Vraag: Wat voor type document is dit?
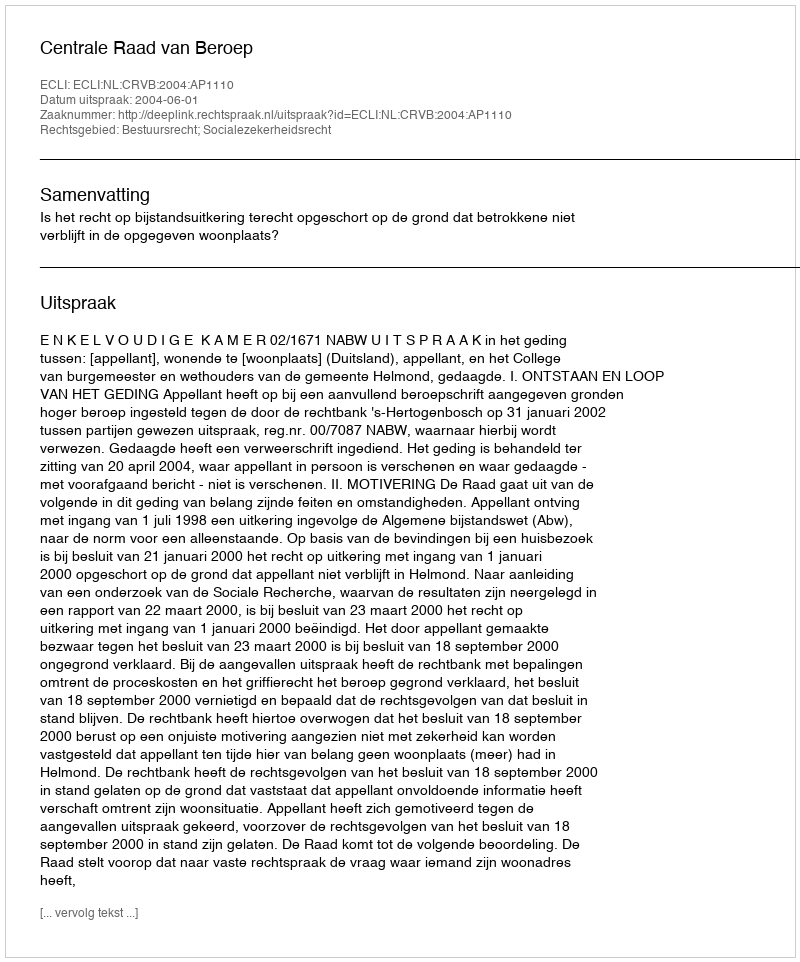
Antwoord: Uitspraak